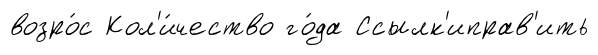
возро́с Кол'и́чество го́да Ссылк'иправ'ить